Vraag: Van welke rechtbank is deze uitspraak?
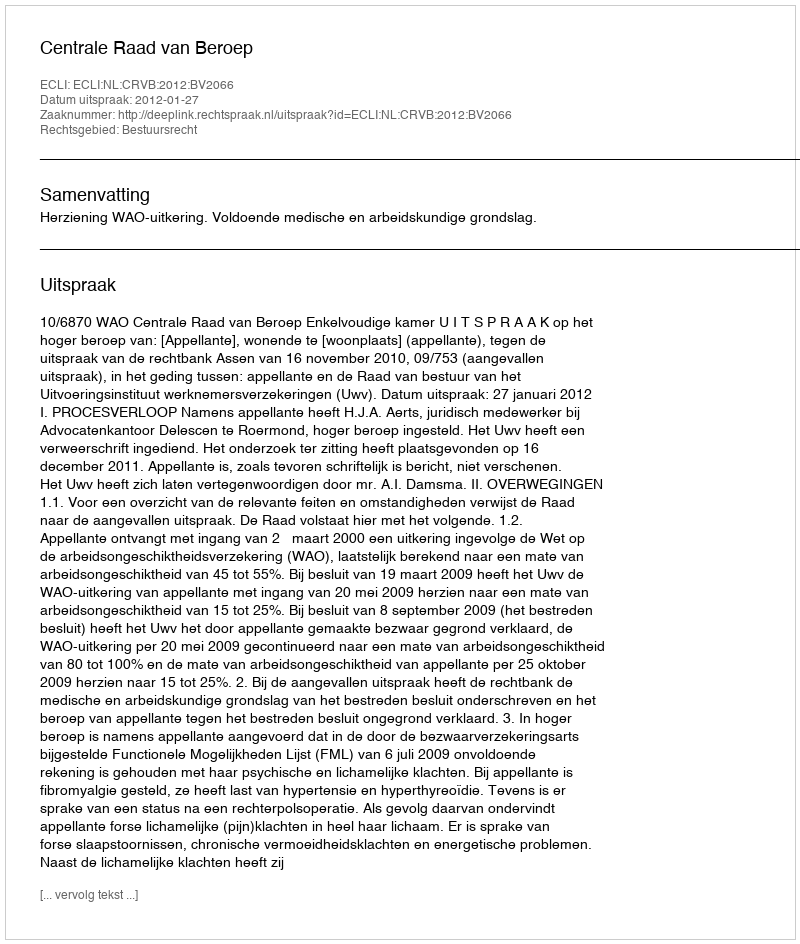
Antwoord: Centrale Raad van Beroep